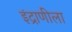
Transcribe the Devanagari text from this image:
इंद्राणीला